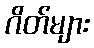
ဂိတ်များ